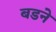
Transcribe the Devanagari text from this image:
बडने